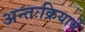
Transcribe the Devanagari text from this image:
अन्तःक्रियायें